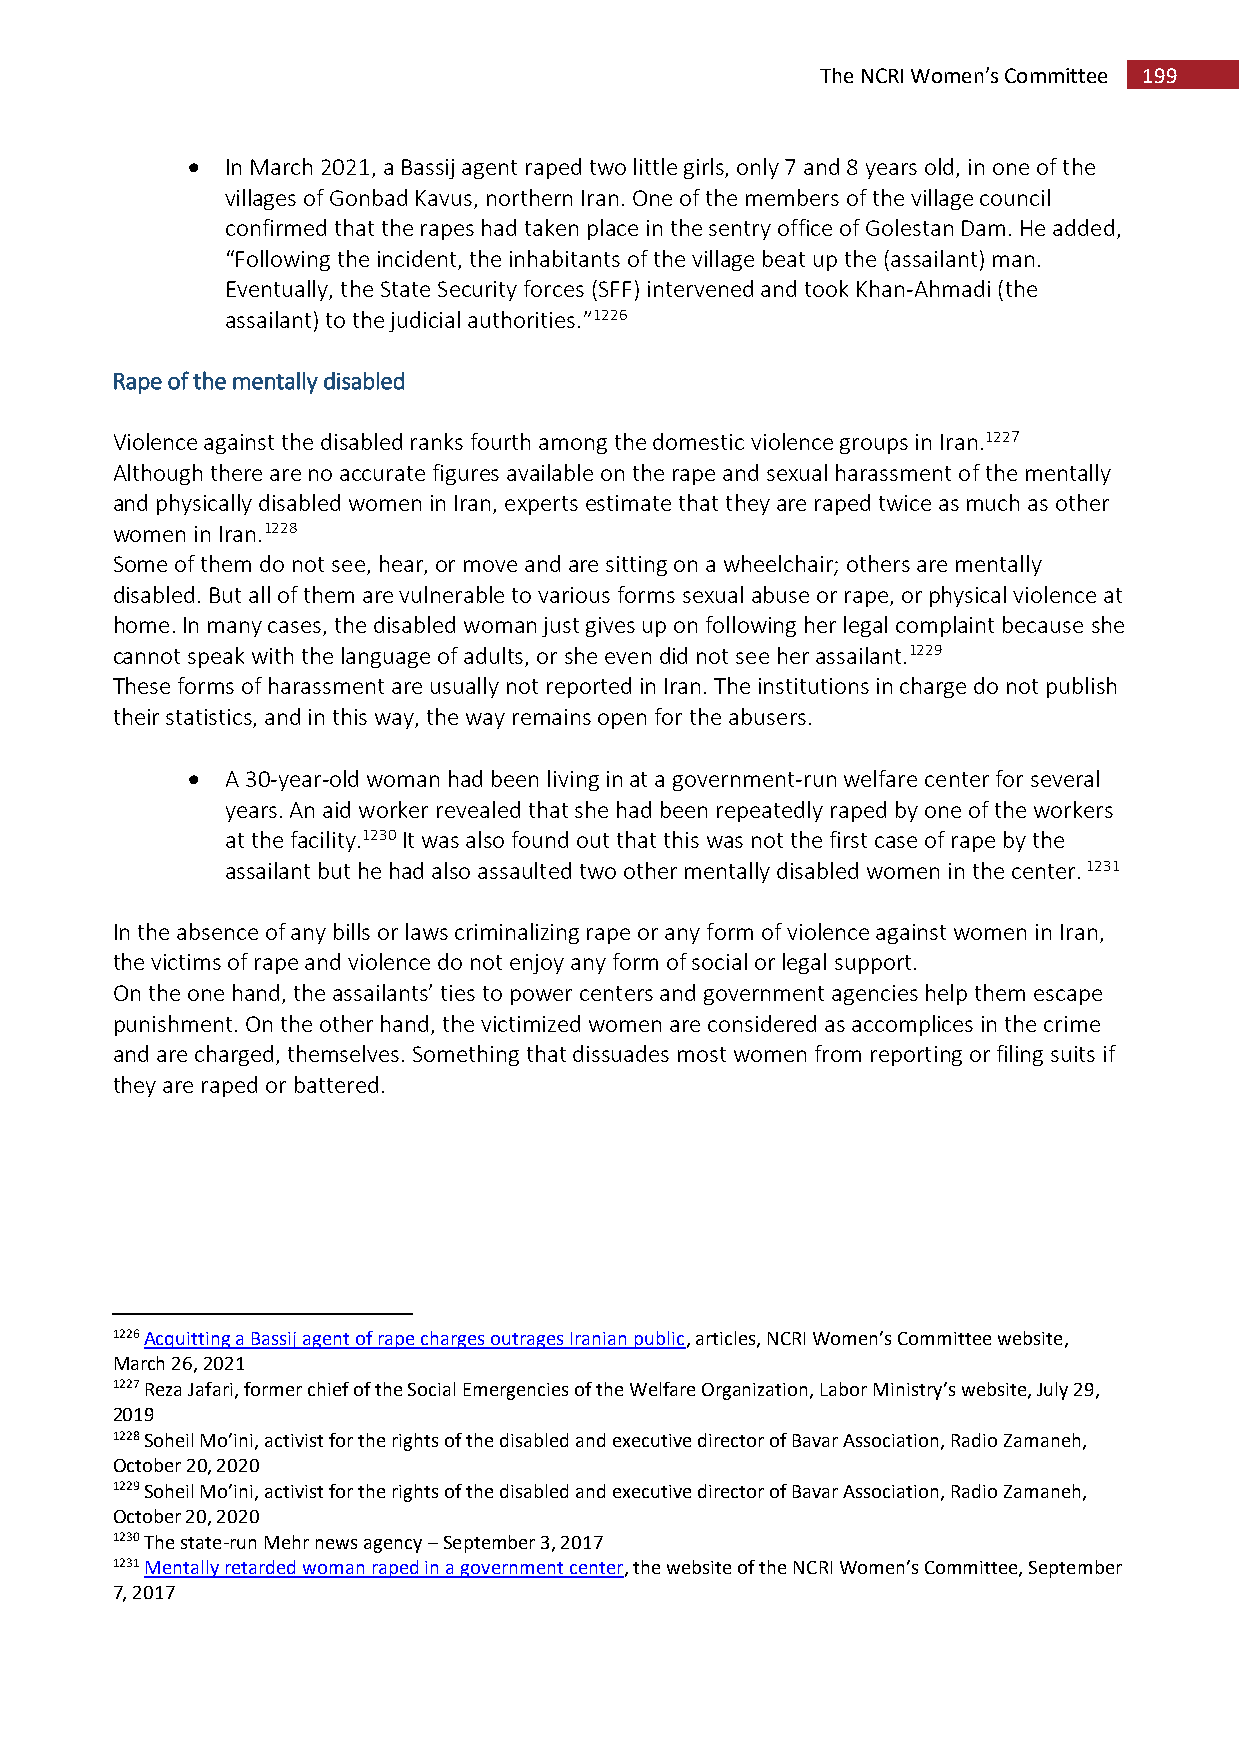
The NCRI Women’s Committee 199
   In March 2021, a Bassij agent raped two little girls, only 7 and 8 years old, in one of the
 villages of Gonbad Kavus, northern Iran. One of the members of the village council
 confirmed that the rapes had taken place in the sentry office of Golestan Dam. He added,
 “Following the incident, the inhabitants of the village beat up the (assailant) man.
 Eventually, the State Security forces (SFF) intervened and took Khan-Ahmadi (the
 assailant) to the judicial authorities.”1226
 Rape of the mentally disabled
 Violence against the disabled ranks fourth among the domestic violence groups in Iran.1227
 Although there are no accurate figures available on the rape and sexual harassment of the mentally
 and physically disabled women in Iran, experts estimate that they are raped twice as much as other
 women in Iran.1228
 Some of them do not see, hear, or move and are sitting on a wheelchair; others are mentally
 disabled. But all of them are vulnerable to various forms sexual abuse or rape, or physical violence at
 home. In many cases, the disabled woman just gives up on following her legal complaint because she
 cannot speak with the language of adults, or she even did not see her assailant.1229
 These forms of harassment are usually not reported in Iran. The institutions in charge do not publish
 their statistics, and in this way, the way remains open for the abusers.
   A 30-year-old woman had been living in at a government-run welfare center for several
 years. An aid worker revealed that she had been repeatedly raped by one of the workers
 at the facility.1230 It was also found out that this was not the first case of rape by the
 assailant but he had also assaulted two other mentally disabled women in the center. 1231
 In the absence of any bills or laws criminalizing rape or any form of violence against women in Iran,
 the victims of rape and violence do not enjoy any form of social or legal support.
 On the one hand, the assailants’ ties to power centers and government agencies help them escape
 punishment. On the other hand, the victimized women are considered as accomplices in the crime
 and are charged, themselves. Something that dissuades most women from reporting or filing suits if
 they are raped or battered.
 1226 Acquitting a Bassij agent of rape charges outrages Iranian public, articles, NCRI Women’s Committee website,
 March 26, 2021
 1227 Reza Jafari, former chief of the Social Emergencies of the Welfare Organization, Labor Ministry’s website, July 29,
 2019
 1228 Soheil Mo’ini, activist for the rights of the disabled and executive director of Bavar Association, Radio Zamaneh,
 October 20, 2020
 1229 Soheil Mo’ini, activist for the rights of the disabled and executive director of Bavar Association, Radio Zamaneh,
 October 20, 2020
 1230 The state-run Mehr news agency – September 3, 2017
 1231 Mentally retarded woman raped in a government center, the website of the NCRI Women’s Committee, September
 7, 2017